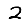
Digit: 2